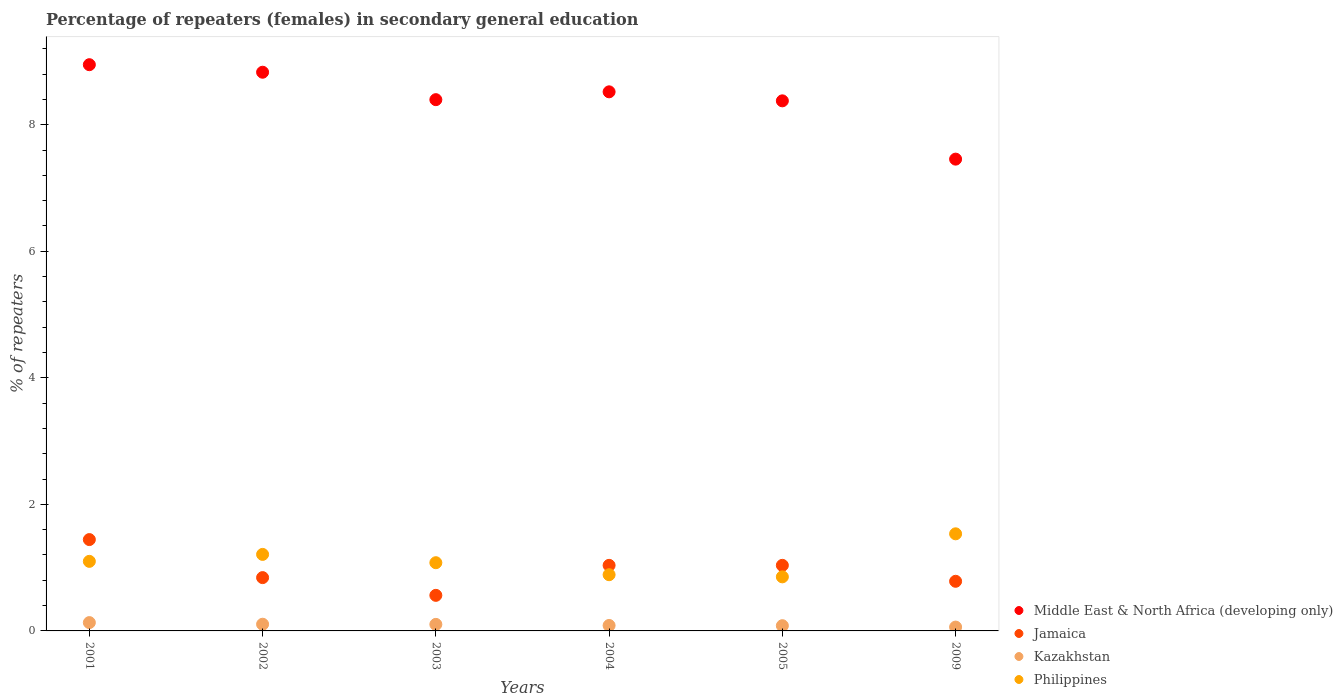
| Years | Middle East & North Africa (developing only) | Jamaica | Kazakhstan | Philippines |
 | --- | --- | --- | --- | --- |
 | 2001 | 8.95 | 1.44 | 0.132 | 1.1 |
 | 2002 | 8.83 | 0.842 | 0.106 | 1.21 |
 | 2003 | 8.4 | 0.562 | 0.103 | 1.08 |
 | 2004 | 8.52 | 1.04 | 0.0863 | 0.888 |
 | 2005 | 8.38 | 1.04 | 0.0826 | 0.855 |
 | 2009 | 7.46 | 0.784 | 0.0606 | 1.53 |